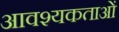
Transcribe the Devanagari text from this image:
आवश्यकताआें